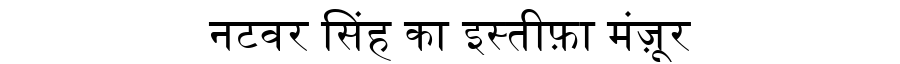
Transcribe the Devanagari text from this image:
नटवर सिंह का इस्तीफ़ा मंज़ूर